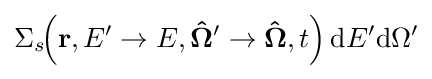
\Sigma _{s}\!\!\left(\mathbf {r} ,E'\rightarrow E,\mathbf {\hat {\Omega }} '\rightarrow \mathbf {\hat {\Omega }} ,t\right)\mathrm {d} E^{\prime }\mathrm {d} \Omega ^{\prime }